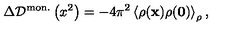
\Delta { \cal D } ^ { \mathrm { m o n . } } \left( x ^ { 2 } \right) = - 4 \pi ^ { 2 } \left< \rho ( { \bf x } ) \rho ( { \bf 0 } ) \right> _ { \rho } ,